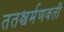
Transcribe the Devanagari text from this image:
ततश्चर्मणवती